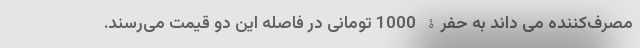
مصرف‌کننده می داند به حفرۀ 1000 تومانی در فاصله این دو قیمت می‌رسند.